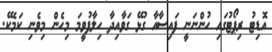
އޮޑިޓު ރިޕޯޓުގައި ހުންނަނީ ފައިސާއާ ގުޅޭ ގަވާއިދާ ހިލާފުވީމަ މިހެން މިވެނި ކަމެކޭ.